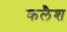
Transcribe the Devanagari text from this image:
कलैश